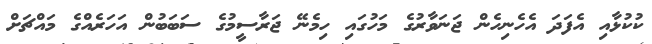
ކުކުޅާއި އެފަދަ އެހެނިހެން ޖަނަވާރުގެ މަހުގައި ހިމެނޭ ޖަރާސީމުގެ ސަބަބުން އަހަރެއްގެ މައްޗަށް